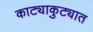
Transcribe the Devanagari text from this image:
काट्याकुट्यात